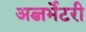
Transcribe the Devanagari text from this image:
अब्जर्भेटरी